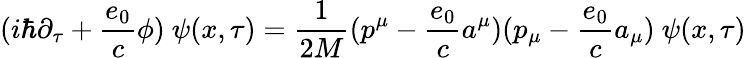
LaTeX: (i\hbar\partial_{\tau}+\frac{e_{0}}{c}\phi)\ \psi(x,\tau)=\frac{1}{2M}(p^{\mu}-\frac{e_{0}}{c}a^{\mu})(p_{\mu}-\frac{e_{0}}{c}a_{\mu})\ \psi(x,\tau)